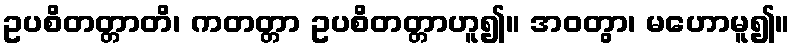
ဥပစိတတ္တာတိ၊ ကတတ္တာ ဥပစိတတ္တာဟူ၍။ အဝတွာ၊ မဟောမူ၍။